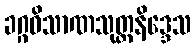
ခဂ္ဂဝိသာဏသုတ္တနိဒ္ဒေသ